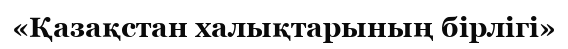
«Қазақстан халықтарының бірлігі»